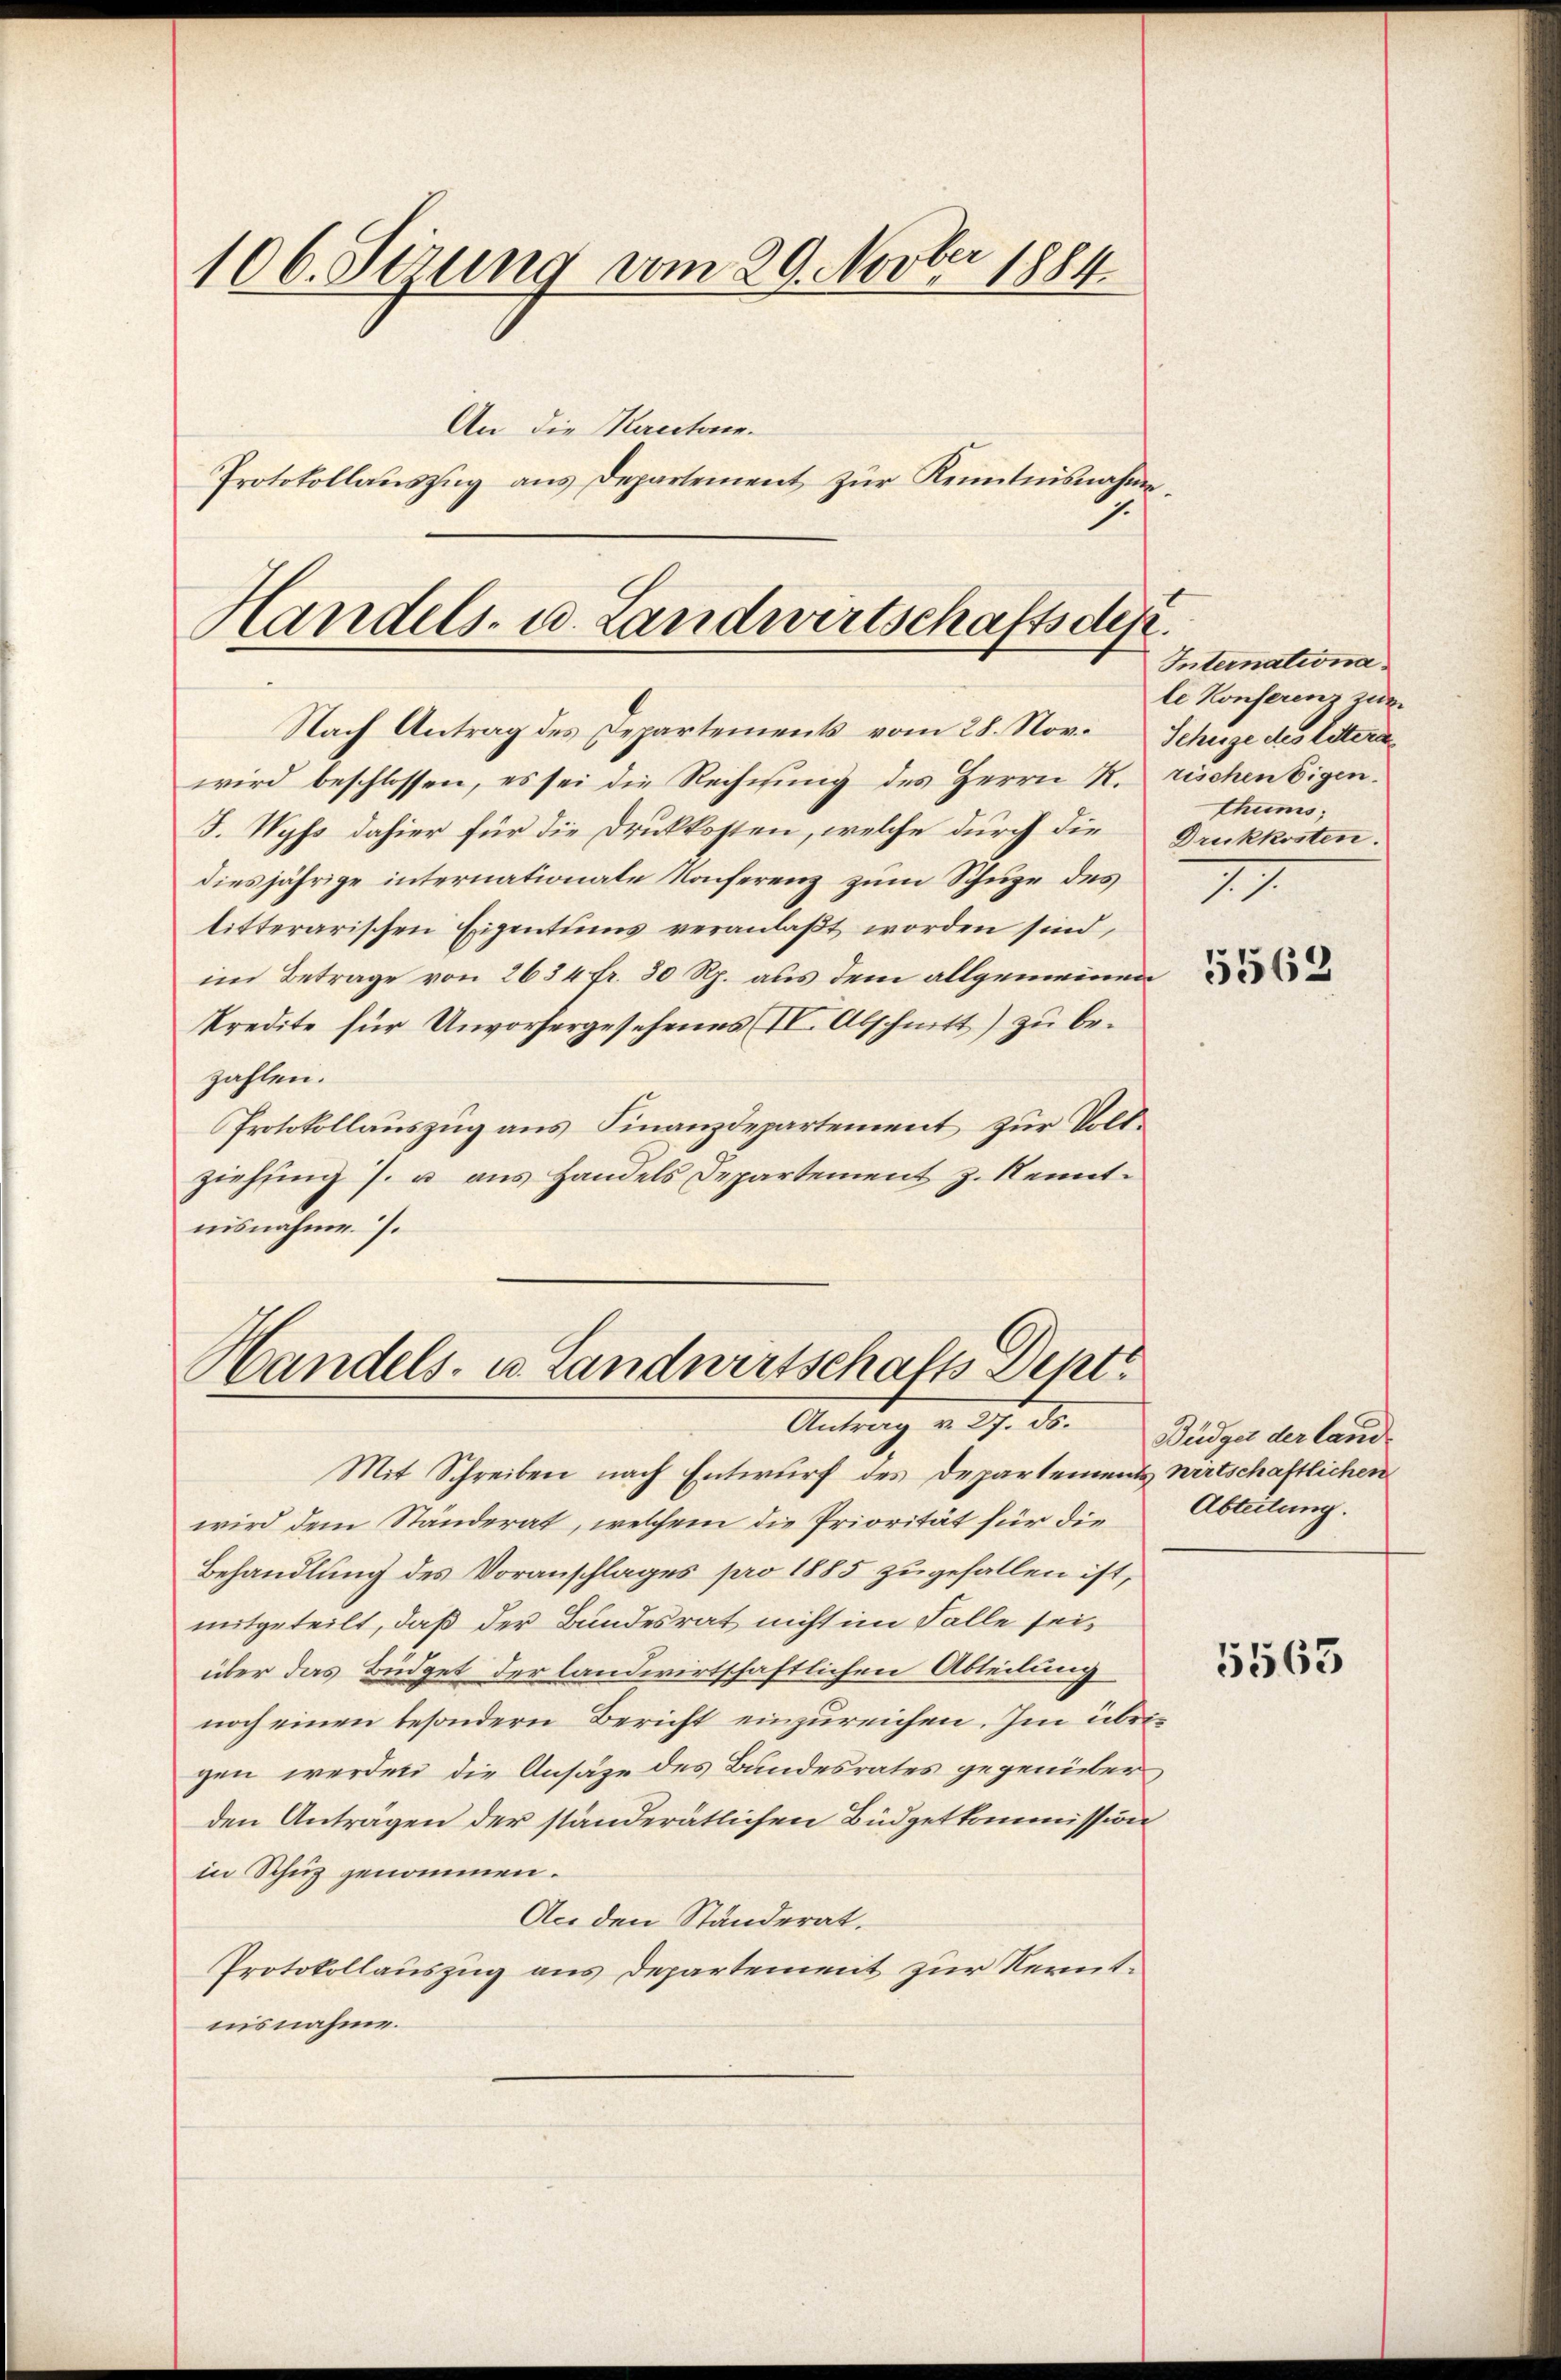
106. Sizung vom 29. Novber 1884
An die Rectoren.
Protokollaŭszŭg ans Departement zŭr Kenntnisnahme.

Handels- u. Landwirtschaftsdep
Nach Antrag des Departements vom 28. Nov. Schuze des Litera

wird beschlossen, es sei die Rechnung des Herrn R. rischen Eigen.
F. Wyss dahier für die Druckkosten, welche durch die
diesjährige internationate Konferenz zum Schupe des
litterarischen Eigentums veranlaßt worden sind,
im Betrage von 2634 fr. 30 Rp. aus dem allgemeinen
kredite für Unvorhergesehenes II. Abschnitt) zu bezahlen.
Protokollauszug aus Finanzdepartement zur Voll-
ziehŭng /. u aŭs Handels Departement z. Kennt.
nisnahme. 7.

Handels- u. Landwirtschafts Dept
Antrag v. 27. ds.

Mit Schreiben nach Entwurf des Departements wirtschaftlichen
wird dem Ständerat, welchem die Priorität für die
Behandlung des Voranschlages pro 1885 zugefallen ist,
mitgeteilt, daß der Bundesrat nicht im Falle seiüber das Büdget der landwirtschaftlichen Abteilung
noch einen besondern Bericht einzureichen. Im übrigen werden die Ansäze des Bundesrates gegenüber
den Anträgen der ständerätlichen Büdgetkommission
in Schuz genommen.
An den Ständerat.
Protokollauszug aus Departement zur Nerntnisnahme.

Internationa
le Konferenz zur
thums,
Druckkosten.
II

5562

Büdget der land
Abteilung.

5563